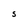
Character: S